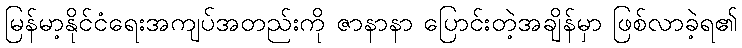
မြန်မာ့နိုင်ငံရေးအကျပ်အတည်းကို ဇာနာနာ ပြောင်းတဲ့အချိန်မှာ ဖြစ်လာခဲ့ရ၏